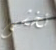
نخشى